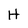
Character: H